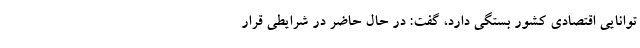
توانایی اقتصادی کشور بستگی دارد، گفت: در حال حاضر در شرایطی قرار